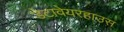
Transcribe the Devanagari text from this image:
डेटावेयरहाउस